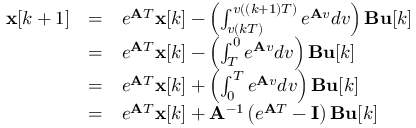
{ \begin{array} { l l l } { \mathbf { x } [ k + 1 ] } & { = } & { e ^ { \mathbf { A } T } \mathbf { x } [ k ] - \left( \int _ { v ( k T ) } ^ { v ( ( k + 1 ) T ) } e ^ { \mathbf { A } v } d v \right) \mathbf { B } \mathbf { u } [ k ] } \\ & { = } & { e ^ { \mathbf { A } T } \mathbf { x } [ k ] - \left( \int _ { T } ^ { 0 } e ^ { \mathbf { A } v } d v \right) \mathbf { B } \mathbf { u } [ k ] } \\ & { = } & { e ^ { \mathbf { A } T } \mathbf { x } [ k ] + \left( \int _ { 0 } ^ { T } e ^ { \mathbf { A } v } d v \right) \mathbf { B } \mathbf { u } [ k ] } \\ & { = } & { e ^ { \mathbf { A } T } \mathbf { x } [ k ] + \mathbf { A } ^ { - 1 } \left( e ^ { \mathbf { A } T } - \mathbf { I } \right) \mathbf { B } \mathbf { u } [ k ] } \end{array} }